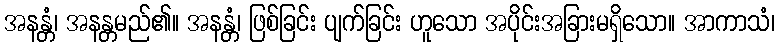
အနန္တံ၊ အနန္တမည်၏။ အနန္တံ၊ ဖြစ်ခြင်း ပျက်ခြင်း ဟူသော အပိုင်းအခြားမရှိသော။ အာကာသံ၊